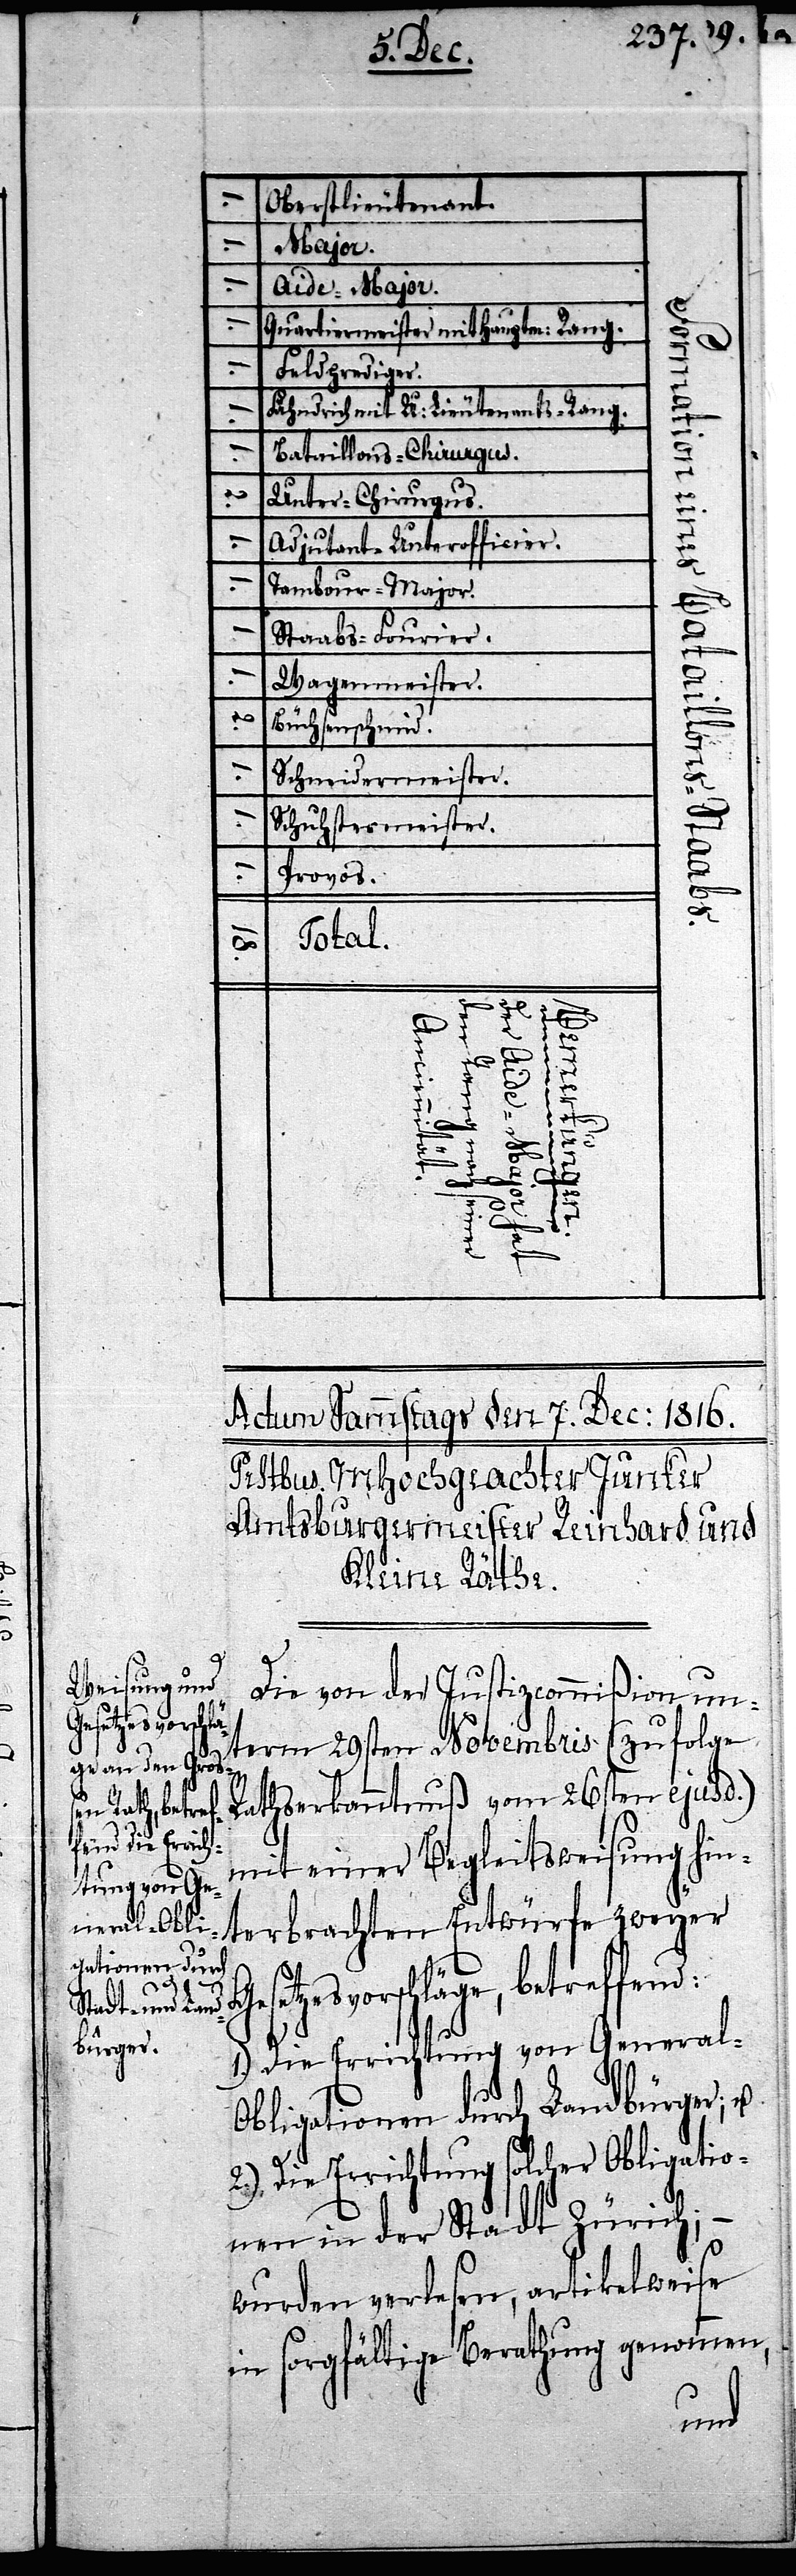
Oberstlieutenant.
Major.
Aide-Major
Quartiermeister mit Hauptm: Rang.
Feldgradiger.
Fähndrich mit U: Lieutenants-Rang
Bataillons-Chirurgus.
2.
Unter-Chirurgus.
Adjutant-Unterofficier.
Tambour-Major.
1.
Staabs-Fourier.
Wagenmeister.
1.
Büchsenschmid.
1.
Schneidermeister.
Schuhstermeister.
Provos.
Total.
18.
seiner
nach
Die von der Justizcommißion un¬
term 29sten Novembris (zufolge
Rathserkanntnuß vom 26sten ejusd.)
mit einer Begleitsweisung hin¬
terbrachten Entwürfe zweyer
Gesetzesvorschläge, betreffend:
1.) Die Errichtung von General-O¬
bligationen durch Landbürger; u.
2.) Die Errichtung solcher Obligatio¬
nen in der Stadt Zürich; –
wurden verlesen, artikelweise
in sorgfältige Berathung genommen,

Anciennität.